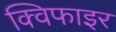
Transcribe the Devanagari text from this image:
क्विफाइर